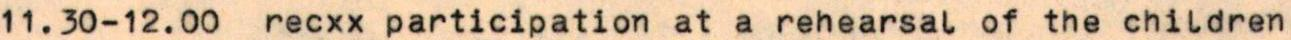
11.30-12.00  recxx participation at a rehearsal of the children